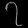
Digit: ၇